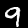
Digit: 9